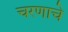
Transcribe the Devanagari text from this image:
चरणाचे